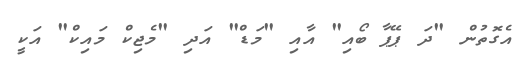
އެގޮތުން "ދަ ޕޭޕާ ބޯއި" އާއި "މަޑް" އަދި "މެޖިކް މައިކް" އަކީ